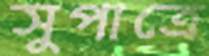
সুপাত্রে